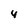
Character: 4